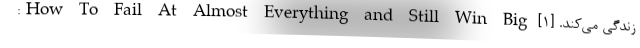
زندگی می‌کند. [۱] How To Fail At Almost Everything and Still Win Big: